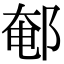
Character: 䣍